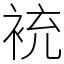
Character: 䘪